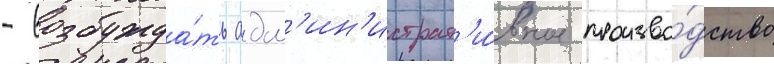
- возбужда́ть адм'ин'истрат'и́вное произво́дство